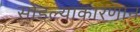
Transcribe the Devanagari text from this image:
सोडल्याकारणान